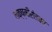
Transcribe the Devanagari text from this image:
लक्ष्मीरोडवर